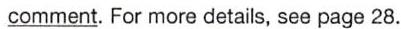
comment. For more details, see page 28.